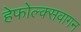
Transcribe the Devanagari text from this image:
हेफोल्क्सवागन